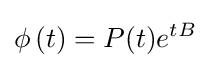
\phi \,(t)=P(t)e^{tB}